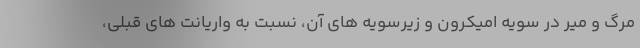
مرگ و میر در سویه اُمیکرون و زیرسویه های آن، نسبت به واریانت های قبلی،